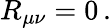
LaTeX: R_{\mu\nu}=0\, .